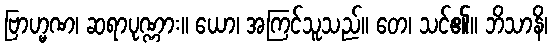
ဗြာဟ္မဏ၊ ဆရာပုဏ္ဏား။ ယော၊ အကြင်သူသည်။ တေ၊ သင်၏။ ဘိသာနိ၊